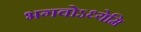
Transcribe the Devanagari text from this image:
भगवोऽध्येमि